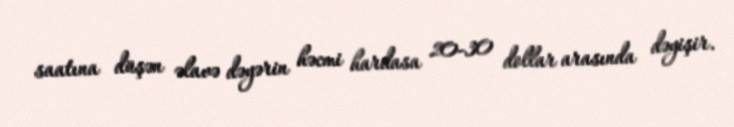
saatına düşən əlavə dəyərin həcmi hardasa 20-30 dollar arasında dəyişir.